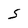
Character: s